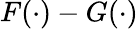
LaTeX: F(\cdot)-G(\cdot)